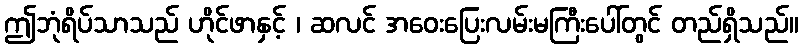
ဤဘုံရိပ်သာသည် ဟိုင်ဖာနှင့် ၊ ဆလင် အဝေးပြေးလမ်းမကြီးပေါ်တွင် တည်ရှိသည်။